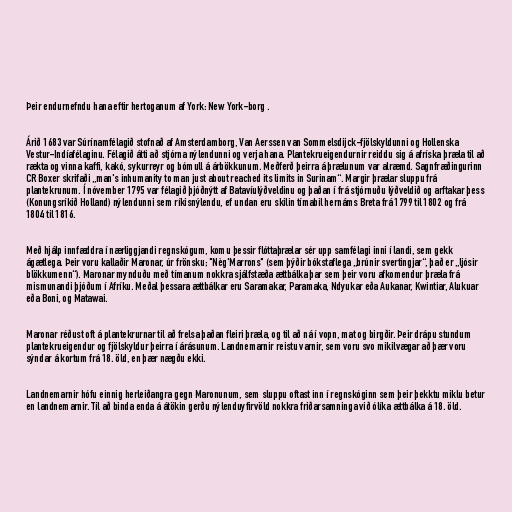
Þeir endurnefndu hana eftir hertoganum af York: New York-borg .

Árið 1683 var Súrínamfélagið stofnað af Amsterdamborg, Van Aerssen van Sommelsdijck-fjölskyldunni og Hollenska
Vestur-Indíafélaginu. Félagið átti að stjórna nýlendunni og verja hana. Plantekrueigendurnir reiddu sig á afríska þræla til að
rækta og vinna kaffi, kakó, sykurreyr og bómull á árbökkunum. Meðferð þeirra á þrælunum var alræmd. Sagnfræðingurinn
CR Boxer skrifaði „man's inhumanity to man just about reached its limits in Surinam“. Margir þrælar sluppu frá
plantekrunum. Í nóvember 1795 var félagið þjóðnýtt af Batavíulýðveldinu og þaðan í frá stjórnuðu lýðveldið og arftakar þess
(Konungsríkið Holland) nýlendunni sem ríkisnýlendu, ef undan eru skilin tímabil hernáms Breta frá 1799 til 1802 og frá
1804 til 1816.

Með hjálp innfæddra í nærliggjandi regnskógum, komu þessir flóttaþrælar sér upp samfélagi inni í landi, sem gekk
ágætlega. Þeir voru kallaðir Maronar, úr frönsku; "Nèg'Marrons" (sem þýðir bókstaflega „brúnir svertingjar“, það er „ljósir
blökkumenn“). Maronar mynduðu með tímanum nokkra sjálfstæða ættbálka þar sem þeir voru afkomendur þræla frá
mismunandi þjóðum í Afríku. Meðal þessara ættbálkar eru Saramakar, Paramaka, Ndyukar eða Aukanar, Kwintiar, Alukuar
eða Boni, og Matawai.

Maronar réðust oft á plantekrurnar til að frelsa þaðan fleiri þræla, og til að ná í vopn, mat og birgðir. Þeir drápu stundum
plantekrueigendur og fjölskyldur þeirra í árásunum. Landnemarnir reistu varnir, sem voru svo mikilvægar að þær voru
sýndar á kortum frá 18. öld, en þær nægðu ekki.

Landnemarnir hófu einnig herleiðangra gegn Maronunum, sem sluppu oftast inn í regnskóginn sem þeir þekktu miklu betur
en landnemarnir. Til að binda enda á átökin gerðu nýlenduyfirvöld nokkra friðarsamninga við ólíka ættbálka á 18. öld.